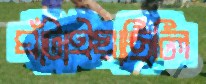
ঘাঁটাইয়াছিলি